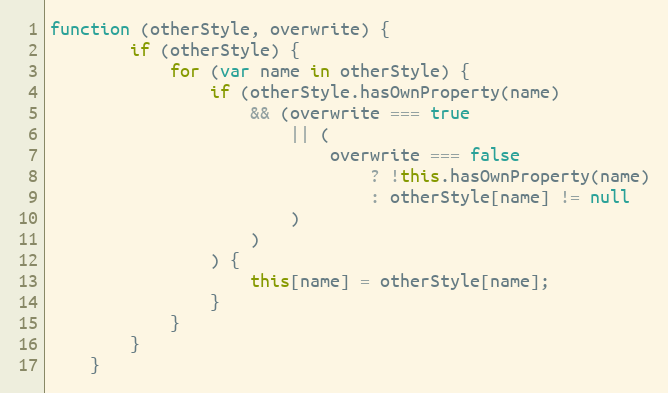
Language: JavaScript
function (otherStyle, overwrite) {
        if (otherStyle) {
            for (var name in otherStyle) {
                if (otherStyle.hasOwnProperty(name)
                    && (overwrite === true
                        || (
                            overwrite === false
                                ? !this.hasOwnProperty(name)
                                : otherStyle[name] != null
                        )
                    )
                ) {
                    this[name] = otherStyle[name];
                }
            }
        }
    }